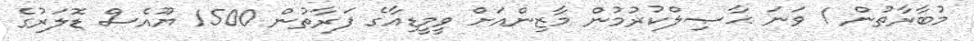
މުބާރާތުން 1 ވަނަ ޙާޞިލްކުރުމުން މާޒިންއަށް ވީމީޑިއާގެ ފަރާތުން 1500 ޔޫއެސް ޑޮލަރުގެ